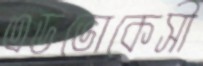
এডভোকেসী